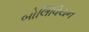
બોલિવિયન